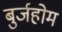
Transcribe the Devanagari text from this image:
बुर्जहोम